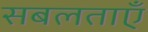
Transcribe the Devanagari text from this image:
सबलताएँ